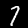
Label: 7